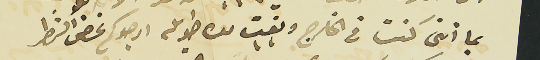
بما اننى كنت في الخارج وبقيت مدة طويلة ارجوكم غض النظر